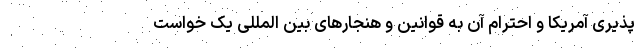
پذیری آمریکا و احترام آن به قوانین و هنجارهای بین المللی یک خواست